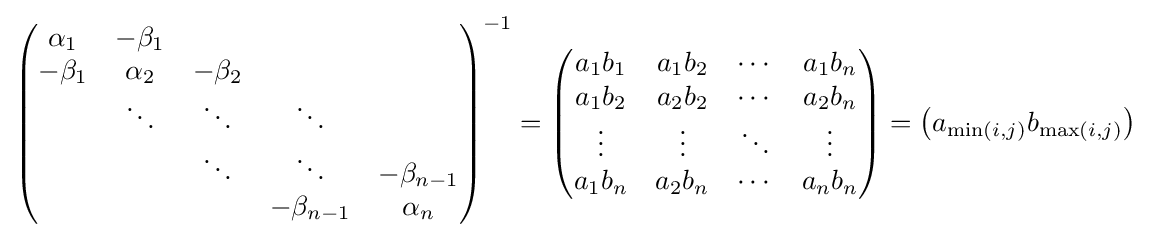
{\begin{pmatrix}\alpha _{1}&-\beta _{1}\\-\beta _{1}&\alpha _{2}&-\beta _{2}\\&\ddots &\ddots &\ddots &\\&&\ddots &\ddots &-\beta _{n-1}\\&&&-\beta _{n-1}&\alpha _{n}\end{pmatrix}}^{-1}={\begin{pmatrix}a_{1}b_{1}&a_{1}b_{2}&\cdots &a_{1}b_{n}\\a_{1}b_{2}&a_{2}b_{2}&\cdots &a_{2}b_{n}\\\vdots &\vdots &\ddots &\vdots \\a_{1}b_{n}&a_{2}b_{n}&\cdots &a_{n}b_{n}\end{pmatrix}}=\left(a_{\min(i,j)}b_{\max(i,j)}\right)